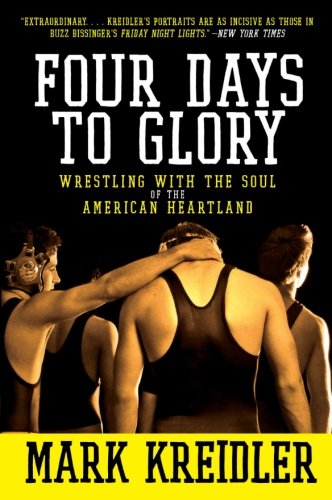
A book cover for Four Days to Glory: Wrestling with the Soul of the American Heartland; Mark Kreidler; Biographies & Memoirs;